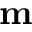
\textbf { m }